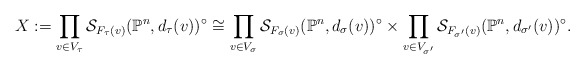
\begin{align*}X:=\prod_{v\in V_{\tau}}\mathcal{S}_{F_{\tau}(v)}(\mathbb{P}^{n},d_{\tau}(v))^{\circ}\cong\prod_{v\in V_{\sigma}}\mathcal{S}_{F_{\sigma}(v)}(\mathbb{P}^{n},d_{\sigma}(v))^{\circ}\times\prod_{v\in V_{\sigma'}}\mathcal{S}_{F_{\sigma'}(v)}(\mathbb{P}^{n},d_{\sigma'}(v))^{\circ}.\end{align*}